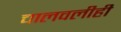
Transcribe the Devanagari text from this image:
चालवलीही